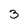
Character: 3